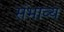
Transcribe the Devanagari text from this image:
संभाव्‍य